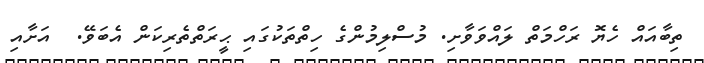
ތިބާއައް ހެޔޮ ރަހްމަތް ލައްވަވާށި. މުސްލިމުންގެ ހިތްތަކުގައި ޙީރަތްތެރިކަން އެބަވޭ.  އަށާއި